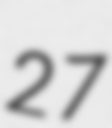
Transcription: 27